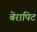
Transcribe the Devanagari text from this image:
बेरापिट